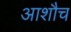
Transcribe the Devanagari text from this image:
आशौच